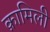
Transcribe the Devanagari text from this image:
क़ामिली